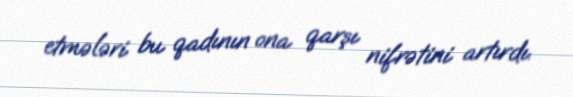
etmələri bu qadının ona qarşı nifrətini artırdı.